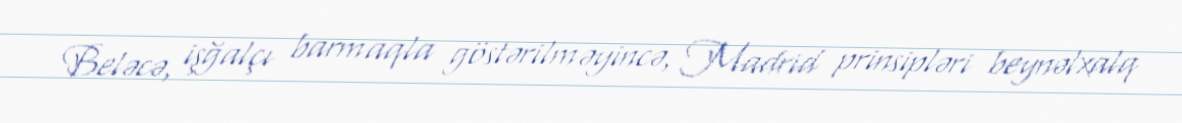
Beləcə, işğalçı barmaqla göstərilməyincə, Madrid prinsipləri beynəlxalq